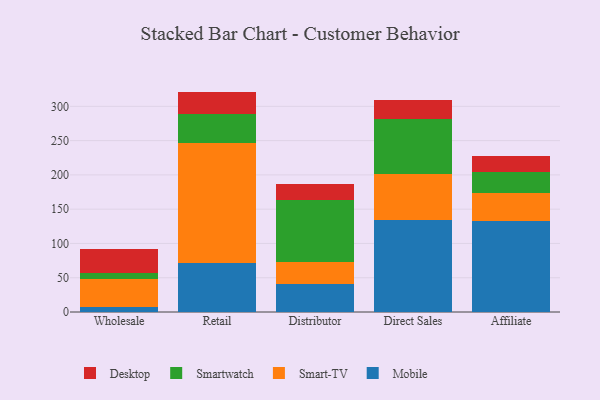
{"axis": {"x": "Channel", "y": "Shipments"}, "legend": ["Desktop", "Mobile", "Smart-TV", "Smartwatch"], "data": [{"x": "Wholesale", "y": 7.7, "type": "Mobile"}, {"x": "Wholesale", "y": 40.2, "type": "Smart-TV"}, {"x": "Wholesale", "y": 9.2, "type": "Smartwatch"}, {"x": "Wholesale", "y": 34.3, "type": "Desktop"}, {"x": "Retail", "y": 71.4, "type": "Mobile"}, {"x": "Retail", "y": 174.7, "type": "Smart-TV"}, {"x": "Retail", "y": 43.1, "type": "Smartwatch"}, {"x": "Retail", "y": 32.3, "type": "Desktop"}, {"x": "Distributor", "y": 40.7, "type": "Mobile"}, {"x": "Distributor", "y": 32.1, "type": "Smart-TV"}, {"x": "Distributor", "y": 91.2, "type": "Smartwatch"}, {"x": "Distributor", "y": 22.2, "type": "Desktop"}, {"x": "Direct Sales", "y": 134.4, "type": "Mobile"}, {"x": "Direct Sales", "y": 67.6, "type": "Smart-TV"}, {"x": "Direct Sales", "y": 79.1, "type": "Smartwatch"}, {"x": "Direct Sales", "y": 28.0, "type": "Desktop"}, {"x": "Affiliate", "y": 133.2, "type": "Mobile"}, {"x": "Affiliate", "y": 40.1, "type": "Smart-TV"}, {"x": "Affiliate", "y": 30.7, "type": "Smartwatch"}, {"x": "Affiliate", "y": 24.1, "type": "Desktop"}]}